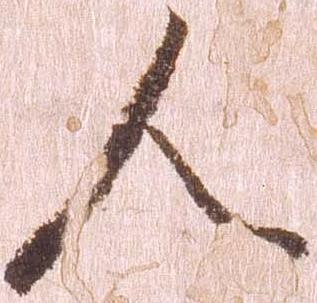
人